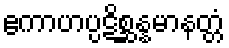
ဧကာဟပ္ပဋိစ္ဆန္နမာနတ္တံ